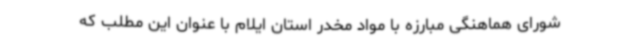
شورای هماهنگی مبارزه با مواد مخدر استان ایلام با عنوان این مطلب که